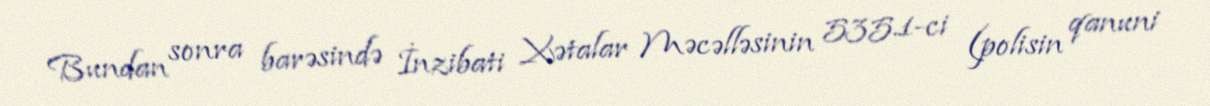
Bundan sonra barəsində İnzibati Xətalar Məcəlləsinin 535.1-ci (polisin qanuni